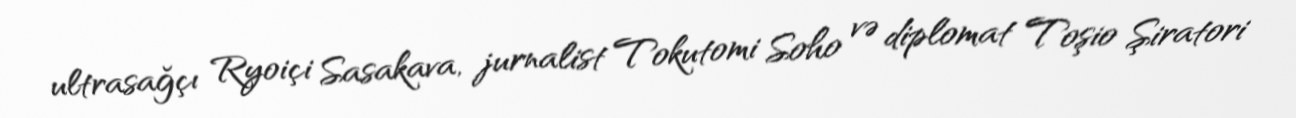
ultrasağçı Ryoiçi Sasakava, jurnalist Tokutomi Soho və diplomat Toşio Şiratori